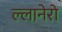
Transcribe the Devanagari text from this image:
ल्लानेरो